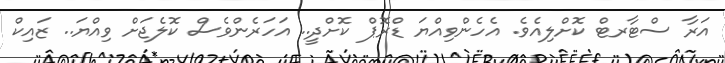
އަރާ ސްޓާރޓް ކޮށްލިއެވެ. އެހެންވިއްޔަ ޑްރޮޕް ކޮށްދީ.. އަހަރެންވެސް ކޮލެޖަށް ވިއްޔަ.. ޒައިކް